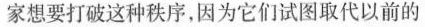
国家想要打破这种秩序，因为它们试图取代以前的